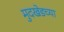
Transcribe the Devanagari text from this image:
मुदखेडच्या